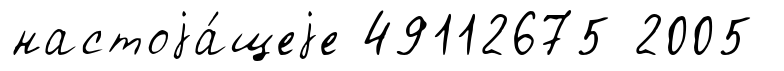
настоjа́щеjе 49112675 2005